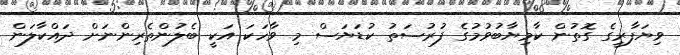
ވިޔަފާރީގެ ގޮތުން ކާމިޔާބުވުމުގެ ފުރުސަތު ކުޑަޔަސް މި ވާހަކަ އަކީ ބެލުންތެރިންނަށް ދައްކާލަން